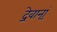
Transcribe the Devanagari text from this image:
दे॒वानां॒